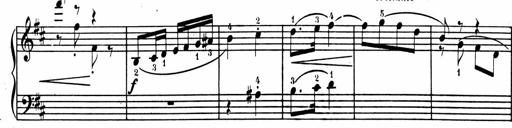
Title: 1Ã¨re Sonatine
Composer: FrÃ©dÃ©ric Binet